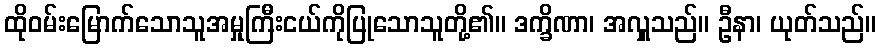
ထိုဝမ်းမြောက်သောသူအမှုကြီးငယ်ကိုပြုသောသူတို့၏။ ဒက္ခိဏာ၊ အလှူသည်။ ဦနာ၊ ယုတ်သည်။